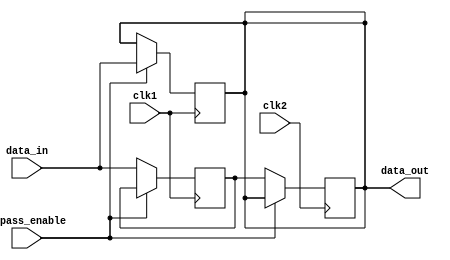
module cascade_bypass_register (
    input clk1,
    input clk2,
    input bypass_enable,
    input [7:0] data_in,
    output reg [7:0] data_out
);

reg [7:0] synced_data;

always @(posedge clk1) begin
    if (bypass_enable) begin
        data_out <= data_in;
    end else begin
        synced_data <= data_in;
    end
end

always @(posedge clk2) begin
    if (!bypass_enable) begin
        data_out <= synced_data;
    end
end

endmodule